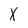
Character: X